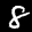
Label: 8